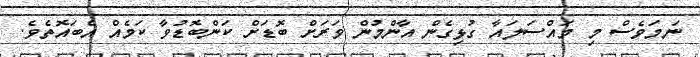
ނަމަވެސް މި މައްސަލައާ ގުޅިގެން އާންމުން ވަރަށް ބޮޑަށް ކަންބޮޑުވާ ކަމެއް އެބައޮތެވެ.